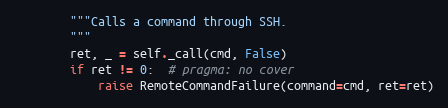
Language: Python
        """Calls a command through SSH.
        """
        ret, _ = self._call(cmd, False)
        if ret != 0:  # pragma: no cover
            raise RemoteCommandFailure(command=cmd, ret=ret)